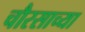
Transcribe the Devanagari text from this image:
चौरसाच्या